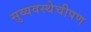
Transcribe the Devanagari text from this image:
सुव्यवस्थेचीपण